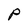
Character: p